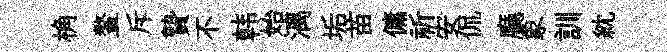
桷鳌斥贄不韩始漓垢苗傭祈安侃廳象訓紞